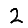
Digit: 2